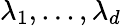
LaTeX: \lambda_{1},...,\lambda_{d}